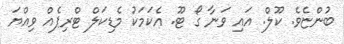
ބުންޏެވެ. ކޫލް. އައި ވަނާ ގޯ ޓޫ. އެކަމަކު މެޑިކަލް ޓްރިޕެއް ވިއްޔަ